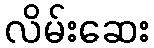
လိမ်းဆေး